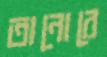
তানোরে